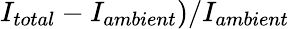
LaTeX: I_{total}-I_{ambient})/I_{ambient}